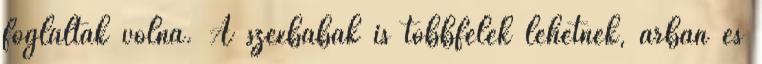
foglaltak volna. A szexbabák is többfélék lehetnek, árban és